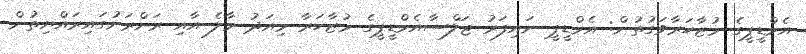
އެމްޑީޕީގެ މުޒާހަރާވަގުތުން: އެމްޑީޕީ ނައިފަރު ޖަލްސާއެމްޑީޕީގެ މުޒާހަރާ މިއަދު މާލެ އާއި ރަށްރަށުގައިރައްޔިތުން